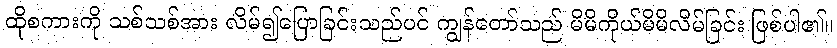
ထိုစကားကို သစ်သစ်အား လိမ်၍ပြောခြင်းသည်ပင် ကျွန်တော်သည် မိမိကိုယ်မိမိလိမ်ခြင်း ဖြစ်ပါ၏။